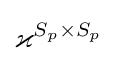
\varkappa ^{S_{p}\times S_{p}}